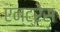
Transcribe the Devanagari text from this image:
एंन्ट्रेंस